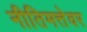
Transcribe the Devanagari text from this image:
नीतिमत्तेवर